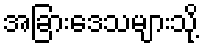
အခြားဒေသများသို့